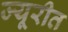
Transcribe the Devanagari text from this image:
ज्यूरीत